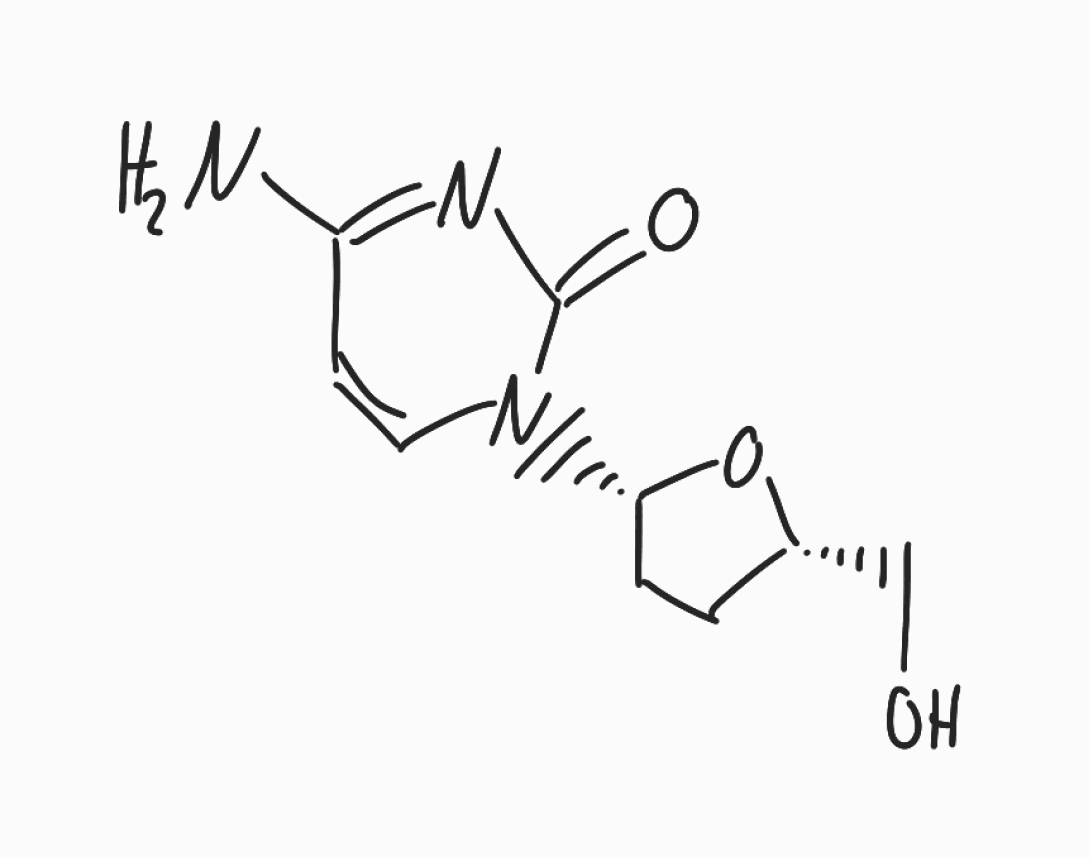
Simplified molecular-input line-entry system (SMILES) notation of the given molecule:
C1C[C@@H](O[C@@H]1CO)N2C=CC(=NC2=O)N